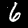
Label: 6